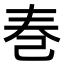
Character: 𪩫